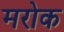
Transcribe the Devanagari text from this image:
मरोक